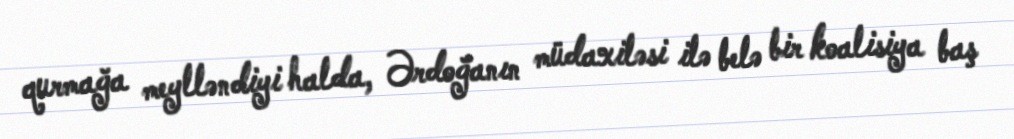
qurmağa meylləndiyi halda, Ərdoğanın müdaxiləsi ilə belə bir koalisiya baş